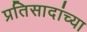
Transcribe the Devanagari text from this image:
प्रतिसादांच्या